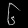
Digit: ၆